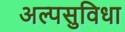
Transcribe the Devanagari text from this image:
अल्पसुविधा